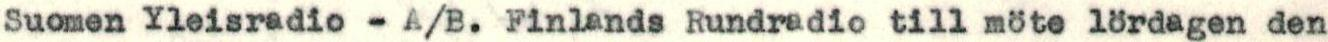
Suomen Yleisradio - A/B. Finlands Rundradio till möte lördagen den